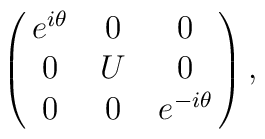
\left( \matrix{e^{i\theta} &0 &0\cr                 0           &U &0\cr                 0           &0 &e^{-i\theta} }\right),